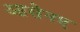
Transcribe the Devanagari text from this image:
आसेनए